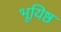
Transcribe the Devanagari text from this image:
भूयिष्ठ